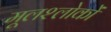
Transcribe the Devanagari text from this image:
मूलश्लोकों